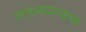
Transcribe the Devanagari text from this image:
सभासदत्वाचा